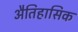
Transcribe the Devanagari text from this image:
अैतिहासिक